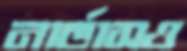
নার্ভাসও